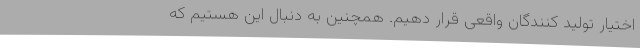
اختیار تولید کنندگان واقعی قرار دهیم. همچنین به دنبال این هستیم که